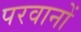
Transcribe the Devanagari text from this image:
परवानों